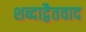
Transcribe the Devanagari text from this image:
शब्दाद्वैतवाद